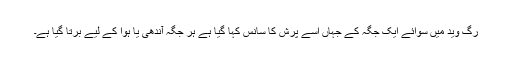
رگ وید میں سوائے ایک جگہ کے جہاں اسے پرش کا سانس کہا گیا ہے ہر جگہ آندھی یا ہوا کے لیے برتا گیا ہے۔